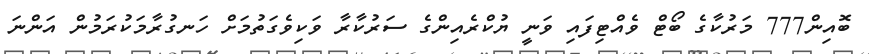
ބޮއިން777 މަރުކާގެ ބޯޓް ވެއްޓިފައި ވަނީ ޔުކްރެއިންގެ ސަރުކާރާ ވަކިވެގަތުމަށް ހަނގުރާމަކުރަމުން އަންނަ